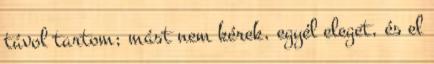
távol tartom; mást nem kérek, egyél eleget, és el